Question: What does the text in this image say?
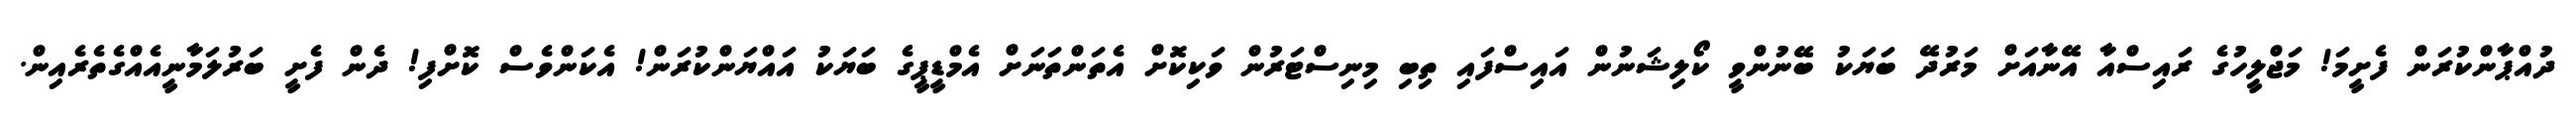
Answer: ދުއްޕާންކުރަން ފެށީމަ! މަޖްލީހުގެ ރައިސްއާ އޭނާއަށް މަރުދޭ ބަޔަކު ބޭނުންވީ ކޯލިޝަނުން އައިސްފައި ތިބި މިނިސްޓަރުން ވަކިކޮށް އެތަންތަނަށް އެމްޑީޕީގެ ބަޔަކު އައްޔަންކުރަން! އެކަންވެސް ކޮށްފި! ދެން ފެށީ ބަރުލަމާނީއެއްގެތެރެއިން.